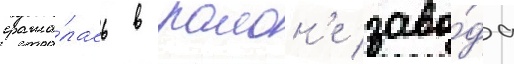
сража́лась в раион'е заво́да